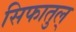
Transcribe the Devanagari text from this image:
सिफातुल्